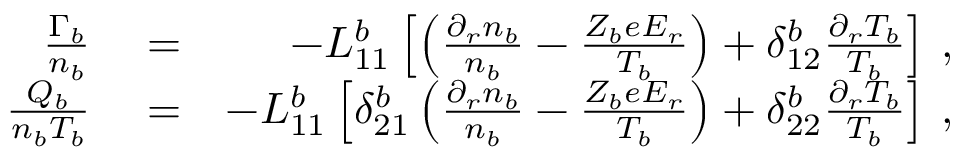
\begin{array} { r l r } { \frac { \Gamma _ { b } } { n _ { b } } } & { { } = } & { - L _ { 1 1 } ^ { b } \left[ \left( \frac { \partial _ { r } n _ { b } } { n _ { b } } - \frac { Z _ { b } e E _ { r } } { T _ { b } } \right) + \delta _ { 1 2 } ^ { b } \frac { \partial _ { r } T _ { b } } { T _ { b } } \right] \, , } \\ { \frac { Q _ { b } } { n _ { b } T _ { b } } } & { { } = } & { - L _ { 1 1 } ^ { b } \left[ \delta _ { 2 1 } ^ { b } \left( \frac { \partial _ { r } n _ { b } } { n _ { b } } - \frac { Z _ { b } e E _ { r } } { T _ { b } } \right) + \delta _ { 2 2 } ^ { b } \frac { \partial _ { r } T _ { b } } { T _ { b } } \right] \, , } \end{array}